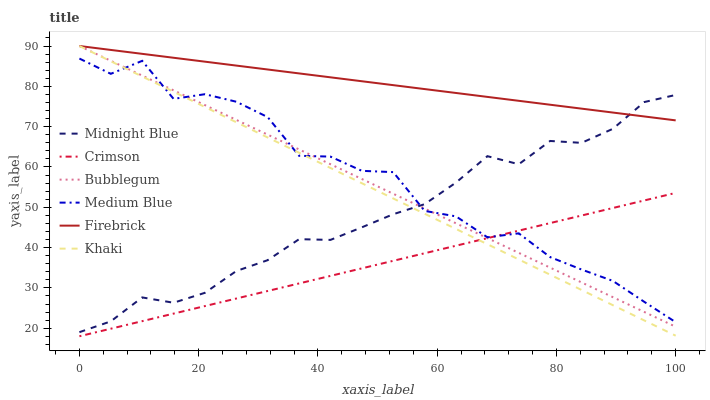
| xaxis_label | Midnight Blue | Crimson | Bubblegum | Medium Blue | Firebrick | Khaki |
 | --- | --- | --- | --- | --- | --- | --- |
 | 0 | 19 | 18 | 90 | 86.9 | 90 | 90 |
 | 5.26 | 21.7 | 19.9 | 86.3 | 83.1 | 89 | 86.2 |
 | 10.5 | 27.6 | 21.7 | 82.7 | 86.3 | 88.1 | 82.4 |
 | 15.8 | 26.3 | 23.6 | 79 | 76.9 | 87.1 | 78.7 |
 | 21.1 | 28.8 | 25.5 | 75.3 | 78 | 86.1 | 74.9 |
 | 26.3 | 34.2 | 27.4 | 71.7 | 76.2 | 85.1 | 71.1 |
 | 31.6 | 36.9 | 29.2 | 68 | 72.4 | 84.2 | 67.3 |
 | 36.8 | 42.1 | 31.1 | 64.3 | 62.8 | 83.2 | 63.5 |
 | 42.1 | 41.9 | 33 | 60.7 | 62.6 | 82.2 | 59.7 |
 | 47.4 | 45 | 34.8 | 57 | 59 | 81.3 | 56 |
 | 52.6 | 48.3 | 36.7 | 53.3 | 58.7 | 80.3 | 52.2 |
 | 57.9 | 50.8 | 38.6 | 49.7 | 49.1 | 79.3 | 48.4 |
 | 63.2 | 56.1 | 40.5 | 46 | 47.7 | 78.3 | 44.6 |
 | 68.4 | 62.7 | 42.3 | 42.4 | 42.6 | 77.4 | 40.8 |
 | 73.7 | 60.7 | 44.2 | 38.7 | 43.5 | 76.4 | 37 |
 | 78.9 | 66.4 | 46.1 | 35 | 37.6 | 75.4 | 33.3 |
 | 84.2 | 66 | 47.9 | 31.4 | 34.6 | 74.5 | 29.5 |
 | 89.5 | 69.5 | 49.8 | 27.7 | 31.7 | 73.5 | 25.7 |
 | 94.7 | 76.1 | 51.7 | 24 | 26.5 | 72.5 | 21.9 |
 | 100 | 77.9 | 53.6 | 20.4 | 21.5 | 71.6 | 18.1 |